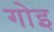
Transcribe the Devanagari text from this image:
गोइ